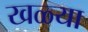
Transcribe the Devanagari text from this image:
खळ्या